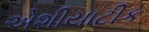
એશીયાટીક